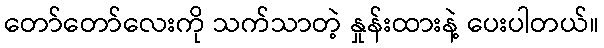
တော်တော်လေးကို သက်သာတဲ့ နှုန်းထားနဲ့ ပေးပါတယ်။